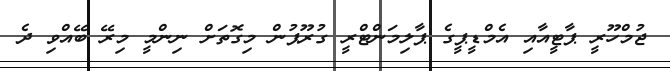
ޖުމްހޫރީ ޕާޓީއާއި އެމްޑީޕީގެ ޕާލިމަންޓްރީ ގުރޫޕުން މިގޮތަށް ނިންމީ މިރޭ ބޭއްވި ދެ